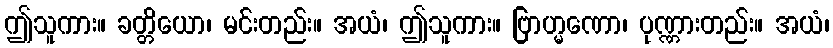
ဤသူကား။ ခတ္တိယော၊ မင်းတည်း။ အယံ၊ ဤသူကား။ ဗြာဟ္မဏော၊ ပုဏ္ဏားတည်း။ အယံ၊